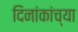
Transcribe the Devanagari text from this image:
दिनांकांच्या